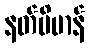
နတ်ဗိမာန်